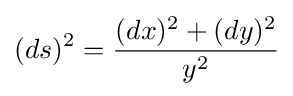
(ds)^{2}={\frac {(dx)^{2}+(dy)^{2}}{y^{2}}}